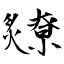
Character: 爒